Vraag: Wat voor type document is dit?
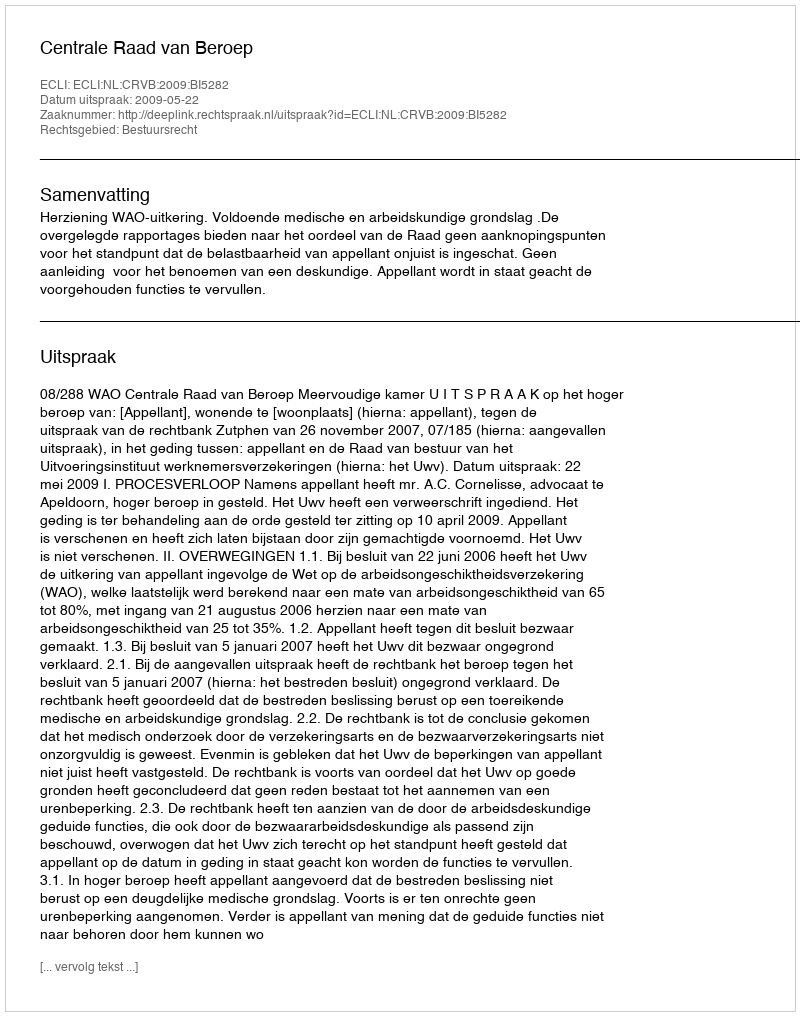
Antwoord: Uitspraak